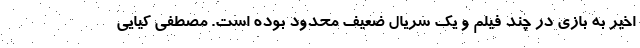
اخیر به بازی در چند فیلم و یک سریال ضعیف محدود بوده است. مصطفی کیایی